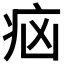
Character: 𤵅